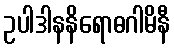
ဥပါဒါနနိရောဓဂါမိနီ